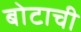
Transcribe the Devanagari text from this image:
बोटाची